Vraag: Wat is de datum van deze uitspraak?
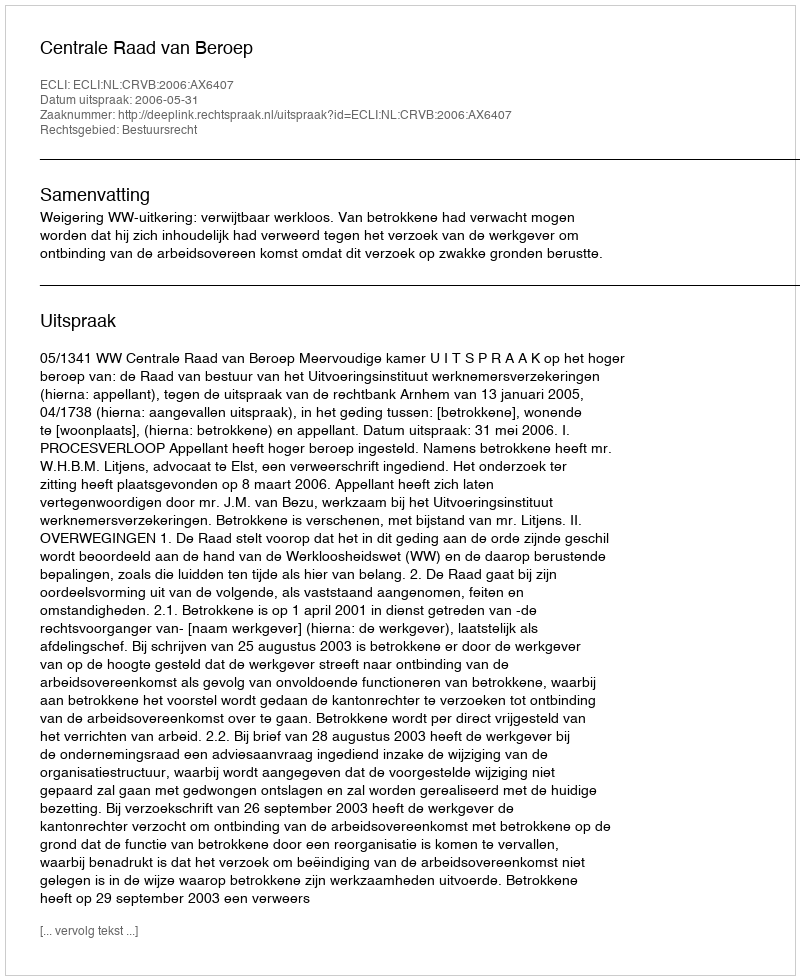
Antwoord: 2006-05-31